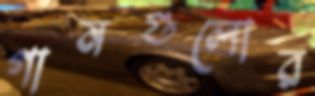
গানগুলোর